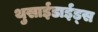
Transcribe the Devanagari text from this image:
थुसाईडाईड्स